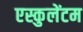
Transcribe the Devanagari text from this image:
एस्कुलेंटम